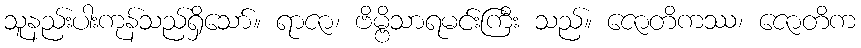
သူနည်းပါးကုန်သည်ရှိသော်။ ရာဇာ၊ ဗိမ္ဗိသာရမင်းကြီး သည်။ ဇောတိကဿ၊ ဇောတိက